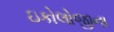
ઇકોલોજીના